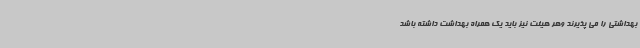
بهداشتی را می پذیرند وهر هیئت نیز باید یک همراه بهداشت داشته باشد